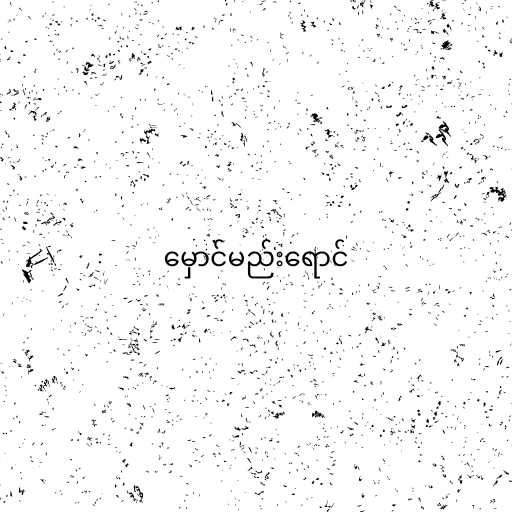
မှောင်မည်းရောင်